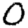
Digit: 0